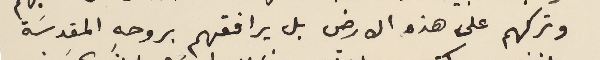
وتركهم على هذه الارض بل يرافقهم بروحهِ المقدسَة